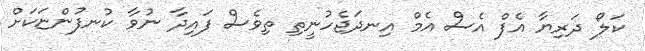
ކަލޯ ދަރިޔާ އެފް އެސް އެމް އިނދަޖެހުނީތި ތިވެސް ފައިދާ ނުވާ ކުނފުންޏަކަށް